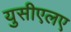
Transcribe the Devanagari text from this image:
युसीएलए